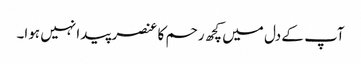
آپ کے دل میں کچھ رحم کا عنصر پیدا نہیں ہوا۔